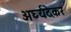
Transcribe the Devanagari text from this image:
अर्घ्यदेकर